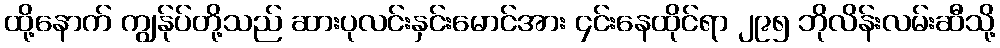
ထို့နောက် ကျွန်ုပ်တို့သည် ဆားပုလင်းနှင်းမောင်အား ၄င်းနေထိုင်ရာ ၂၉၅ ဘိုလိန်းလမ်းဆီသို့